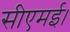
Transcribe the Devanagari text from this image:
सीएमई।